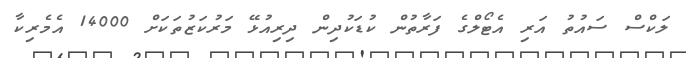
ލަކްސް ސައުތު އަރި އެޓޯލްގެ ފަރާތުން ކުޑަކުދިން ދިރިއުޅޭ މަރުކަޒުތަކަށް 14000 އެމެރިކާ